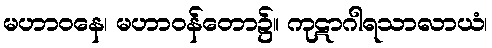
မဟာဝနေ၊ မဟာဝန်တော၌။ ကုဋာဂါရသာလာယံ၊